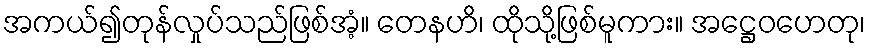
အကယ်၍တုန်လှုပ်သည်ဖြစ်အံ့။ တေနဟိ၊ ထိုသို့ဖြစ်မူကား။ အဋ္ဌေဝဟေတု၊